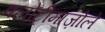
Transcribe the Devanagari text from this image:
क्लोट्रीमाज़ोले